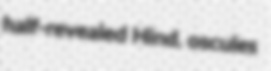
half-revealed Hind. oscules